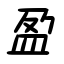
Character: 盈